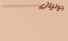
جوليان